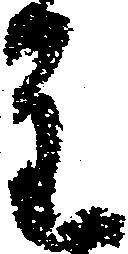
重